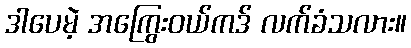
ဒါပေမဲ့ အကြွေးဝယ်ကဒ် လက်ခံသလား။